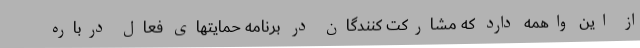
از این واهمه دارد که مشارکت کنندگان در برنامه حمایتهای فعال درباره